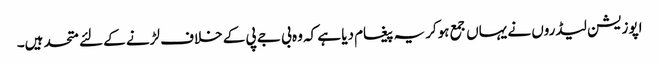
اپوزیشن لیڈروں نے یہاں جمع ہوکر یہ پیغام دیا ہے کہ وہ بی جے پی کے خلاف لڑنے کے لئے متحد ہیں۔